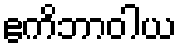
ဧကိဘာဝါယ